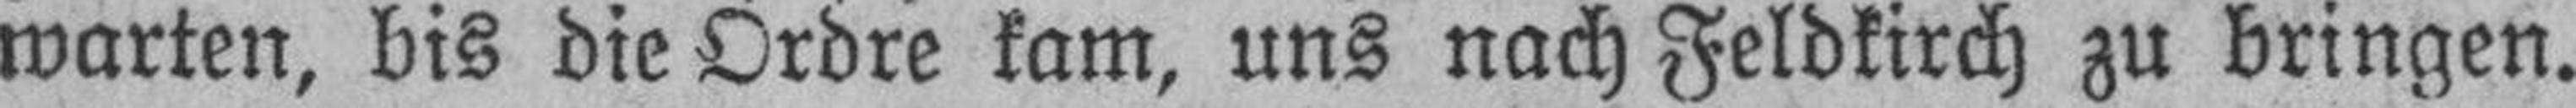
warten, bis die Ordre kam, uns nach Feldkirch zu bringen.